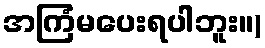
အကြံမပေးရပါဘူး။)